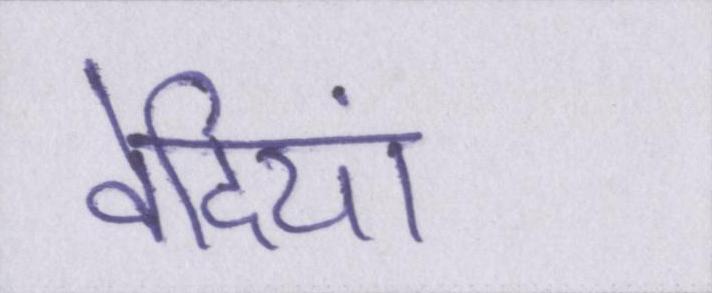
वेदियां